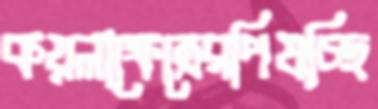
কয়লাক্ষেত্রেরপিষচ্ছি